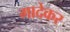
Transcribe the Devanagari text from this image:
गादेकर